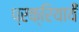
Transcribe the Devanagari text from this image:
प्रक्रियायेँ